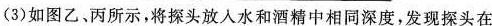
(3)如图乙、丙所示，将探头放入水和酒精中相同深度，发现探头在